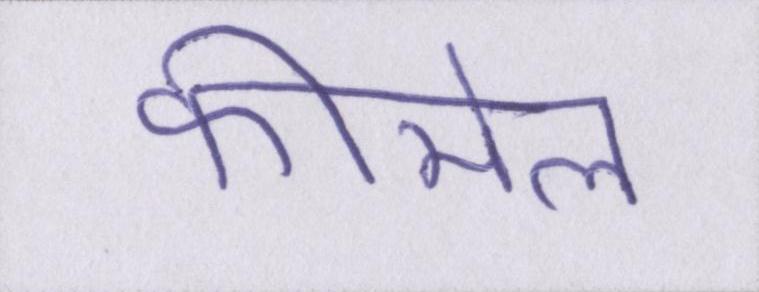
फीमेल